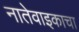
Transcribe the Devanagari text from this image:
नातेवाइकाचा